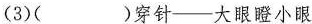
(3)( )穿针—大眼瞪小眼